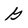
Character: G